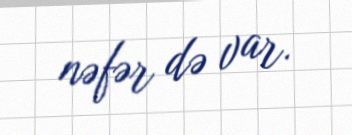
nəfər də var.